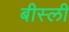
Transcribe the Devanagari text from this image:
बीस्ली